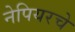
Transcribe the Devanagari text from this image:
नेपियरचे